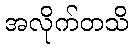
အလိုက်တသိ